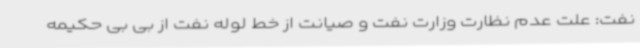
نفت: علت عدم نظارت وزارت نفت و صیانت از خط لوله نفت از بی بی حکیمه